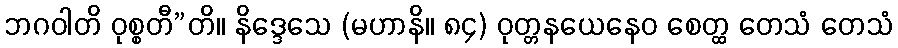
ဘဂဝါတိ ဝုစ္စတီ”တိ။ နိဒ္ဒေသေ (မဟာနိ။ ၈၄) ဝုတ္တနယေနေဝ စေတ္ထ တေသံ တေသံ